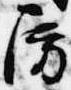
房